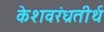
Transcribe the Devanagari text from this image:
केशवरंध्रतीर्थ